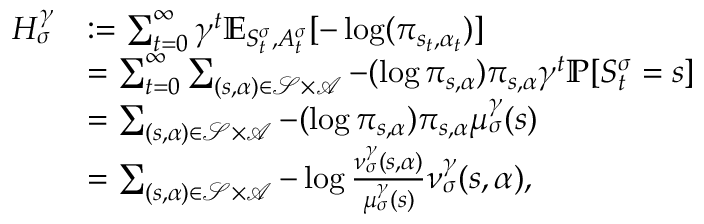
\begin{array} { r l } { H _ { \sigma } ^ { \gamma } } & { : = \sum _ { t = 0 } ^ { \infty } \gamma ^ { t } \mathbb { E } _ { S _ { t } ^ { \sigma } , A _ { t } ^ { \sigma } } [ - \log ( \pi _ { s _ { t } , \alpha _ { t } } ) ] } \\ & { = \sum _ { t = 0 } ^ { \infty } \sum _ { ( s , \alpha ) \in \mathcal { S } \times \mathcal { A } } - ( \log \pi _ { s , \alpha } ) \pi _ { s , \alpha } \gamma ^ { t } \mathbb { P } [ S _ { t } ^ { \sigma } = s ] } \\ & { = \sum _ { ( s , \alpha ) \in \mathcal { S } \times \mathcal { A } } - ( \log \pi _ { s , \alpha } ) \pi _ { s , \alpha } \mu _ { \sigma } ^ { \gamma } ( s ) } \\ & { = \sum _ { ( s , \alpha ) \in \mathcal { S } \times \mathcal { A } } - \log \frac { \nu _ { \sigma } ^ { \gamma } ( s , \alpha ) } { \mu _ { \sigma } ^ { \gamma } ( s ) } \nu _ { \sigma } ^ { \gamma } ( s , \alpha ) , } \end{array}